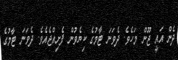
ދެން އައީ ޖޫން މަހެވެ. ދެވަނަ ޓާމުގެ ކިޔެވުން ފެށިއްޖެއެވެ. ދެވަނަ ޓާމުގެ